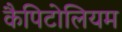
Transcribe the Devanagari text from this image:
कैपिटोलियम